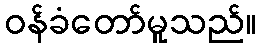
ဝန်ခံတော်မူသည်။